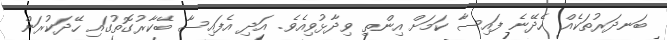
ބަނދަރުތަކެއް ހެދޭނެ ފައިސާ ކަމަށް އިންތި ވިދާޅުވިއެވެ. އަދި އެފައިސާ ބޭކާރުގޮތުގައި ހޭދަކުރަން